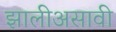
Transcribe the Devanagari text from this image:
झालीअसावी